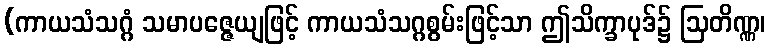
(ကာယသံသဂ္ဂံ သမာပဇ္ဇေယျဖြင့် ကာယသံသဂ္ဂစွမ်းဖြင့်သာ ဤသိက္ခာပုဒ်၌ ဩတိဏ္ဏ၊